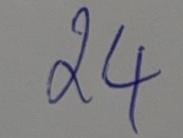
24